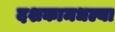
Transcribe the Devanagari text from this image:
दशकामधल्या